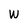
Character: W